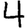
Digit: 4